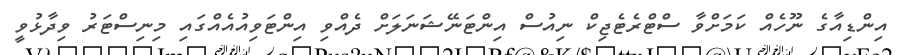
އިންޑިއާގެ ނޫހެއް ކަމަށްވާ ސްޓްރެޓެޖިކް ނިއުސް އިންޓަނޭޝަނަލަށް ދެއްވި އިންޓަވިއުއެއްގައި މިނިސްޓަރު ވިދާޅުވީ